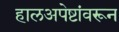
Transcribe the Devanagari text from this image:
हालअपेष्टांवरून